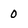
Character: 0